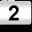
Digit: 2